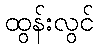
ထွန်းလွင်